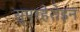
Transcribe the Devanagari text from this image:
सुपरहेरोइन